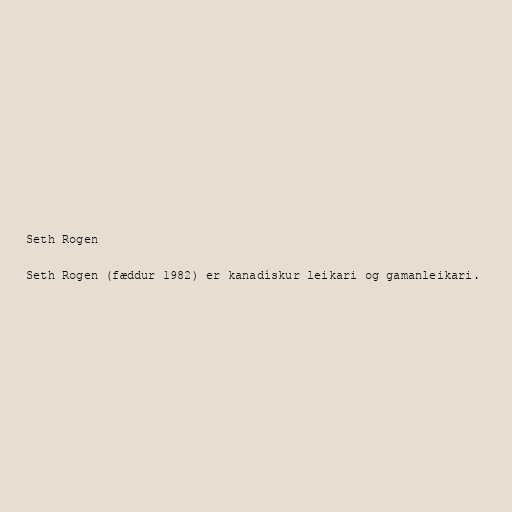
Seth Rogen

Seth Rogen (fæddur 1982) er kanadískur leikari og gamanleikari.